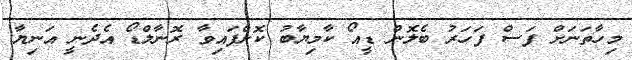
މިހާތަނަށް ފަސް ފަހަރު ބެލޮން ޑީއޯ ކާމިޔާބު ކޮށްފައިވާ ރޮނާލްޑޯ އެދެނީ އަނިޔާ